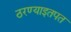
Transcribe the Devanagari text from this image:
ठरण्याइतपत